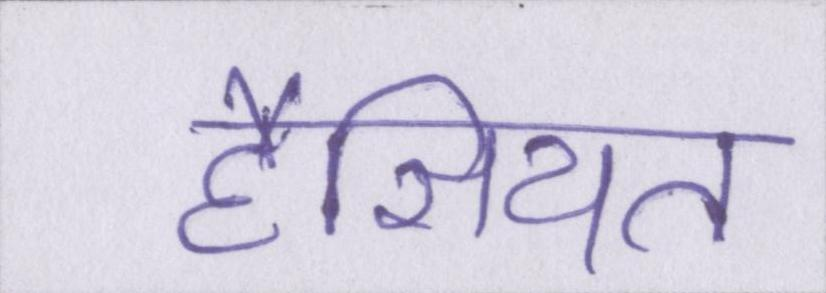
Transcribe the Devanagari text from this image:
हैसियत